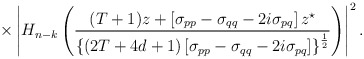
\begin{align*}\times\left|H_{n-k}\left(\frac {(T+1)z+\left[\sigma_{pp}-\sigma_{qq}-2i\sigma_{pq}\right]z^{\star}}{\left\{(2T+4d+1)\left[\sigma_{pp}-\sigma_{qq}-2i\sigma_{pq}\right]\right\}^{\frac 12}}\right)\right|^2.\end{align*}